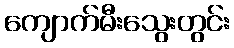
ကျောက်မီးသွေးတွင်း